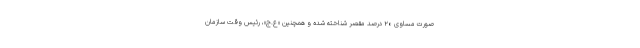
‌صورت مساوی ۲۰ درصد مقصر شناخته شده و همچنین «ع.ج»، رئیس وقت سازمان